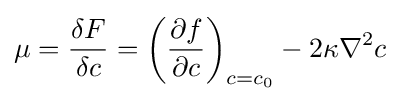
\mu ={\frac {\delta F}{\delta c}}=\left({\frac {\partial f}{\partial c}}\right)_{c=c_{0}}-2\kappa \nabla ^{2}c